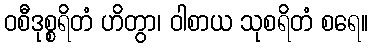
ဝစီဒုစ္စရိတံ ဟိတွာ၊ ဝါစာယ သုစရိတံ စရေ။